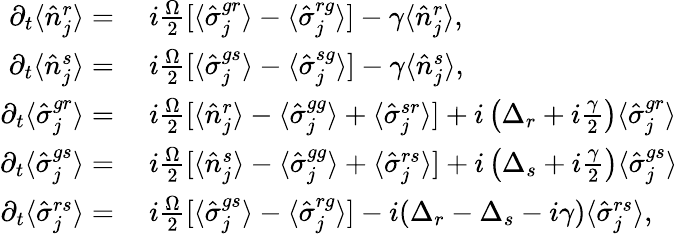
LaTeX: \begin{array}{rl}{\partial_{t}\langle\hat{n}_{j}^{r}\rangle=}&{{}\ i\frac{\Omega}{2}[\langle\hat{\sigma}_{j}^{gr}\rangle-\langle\hat{\sigma}_{j}^{rg}\rangle]-\gamma\langle\hat{n}_{j}^{r}\rangle,}\\ {\partial_{t}\langle\hat{n}_{j}^{s}\rangle=}&{{}\ i\frac{\Omega}{2}[\langle\hat{\sigma}_{j}^{gs}\rangle-\langle\hat{\sigma}_{j}^{sg}\rangle]-\gamma\langle\hat{n}_{j}^{s}\rangle,}\\ {\partial_{t}\langle\hat{\sigma}_{j}^{gr}\rangle=}&{{}\ i\frac{\Omega}{2}[\langle\hat{n}_{j}^{r}\rangle-\langle\hat{\sigma}_{j}^{gg}\rangle+\langle\hat{\sigma}_{j}^{sr}\rangle]+i\left(\Delta_{r}+i\frac{\gamma}{2}\right)\langle\hat{\sigma}_{j}^{gr}\rangle}\\ {\partial_{t}\langle\hat{\sigma}_{j}^{gs}\rangle=}&{{}\ i\frac{\Omega}{2}[\langle\hat{n}_{j}^{s}\rangle-\langle\hat{\sigma}_{j}^{gg}\rangle+\langle\hat{\sigma}_{j}^{rs}\rangle]+i\left(\Delta_{s}+i\frac{\gamma}{2}\right)\langle\hat{\sigma}_{j}^{gs}\rangle}\\ {\partial_{t}\langle\hat{\sigma}_{j}^{rs}\rangle=}&{{}\ i\frac{\Omega}{2}[\langle\hat{\sigma}_{j}^{gs}\rangle-\langle\hat{\sigma}_{j}^{rg}\rangle]-i(\Delta_{r}-\Delta_{s}-i{\gamma})\langle\hat{\sigma}_{j}^{rs}\rangle,}\end{array}